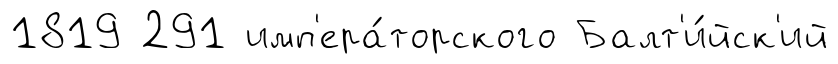
1819 291 имп'ера́торского Балт'и́йск'ий